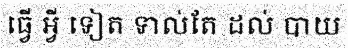
ធ្វើ អ្វី ទៀត ទាល់តែ ដល់ បាយ